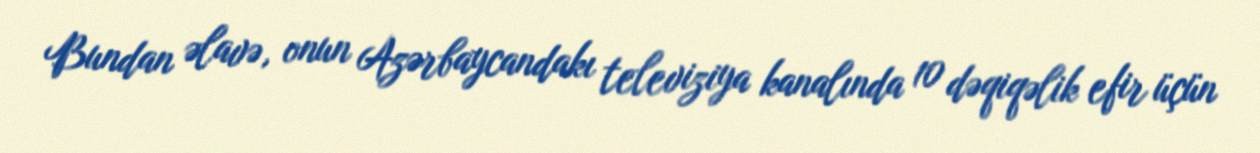
Bundan əlavə, onun Azərbaycandakı televiziya kanalında 10 dəqiqəlik efir üçün